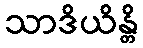
သာဒိယိန္တိ